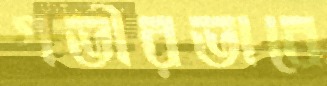
গভীরভাবে